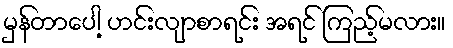
မှန်တာပေါ့ ဟင်းလျာစာရင်း အရင် ကြည့်မလား။